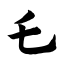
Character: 乇